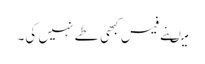
میںنے فیس کبھی طے نہیں کی۔